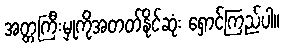
အတ္တကြီးမှုကိုအတတ်နိုင်ဆုံး ရှောင်ကြည်ပါ။